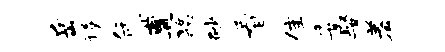
岳璞凭遭酪砂看隹委娶羞